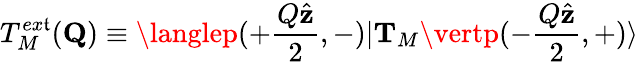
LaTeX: T_{M}^{ex\mathfrak{t}}({\mathbf{Q}})\equiv\langlep(+\frac{{Q\hat{{\mathbf{z}}}}}{{2}},-)\vert{\mathbf{T}}_{M}\vertp(-\frac{{Q\hat{{\mathbf{z}}}}}{{2}},+)\rangle